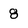
Character: 8